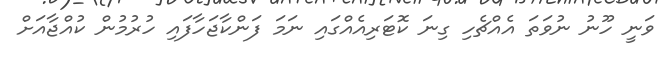
ވަނީ ހޫނު ނުވަތަ އެއްޗެހި ގިނަ ކޮޓަރިއެއްގައި ނަމަ ފަންކާޖަހާފައި ހުރުމުން ކުއްޖާއަށް